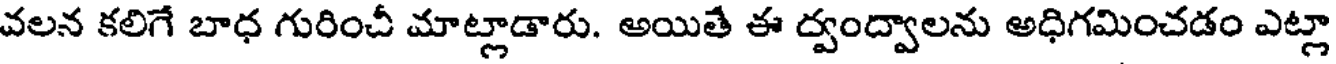
వలన కలిగే బాధ గురించీ మాట్లాడారు. అయితే ఈ ద్వంద్వాలను అధిగమించడం ఎట్లా